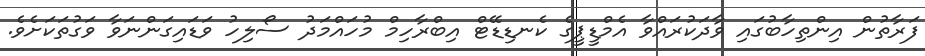
ފަރާތުން އިންތިހާބުގައި ވާދަކުރައްވާ އެމްޑީޕީގެ ކެނޑިޑޭޓް އިބްރާހިމް މުހައްމަދު ސޯލިހު ވަޑައިގަންނަވާ ވަގުތަކަށެވެ.